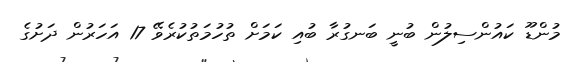
މުންޑޫ ކައުންސިލުން ބުނީ ބަނގުރާ ބުއި ކަމަށް ތުހުމަތުކުރެވޭ 17 އަހަރުން ދަށުގެ